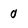
Character: 0